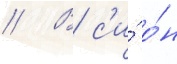
// В с'и́ о́н